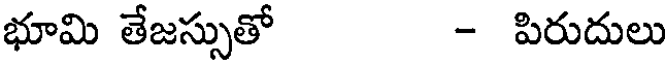
భూమి తేజస్సుతో - పిరుదులు